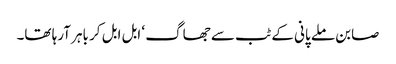
صابن ملے پانی کے ٹب سے جھاگ ‘ ابل ابل کر باہر آرہا تھا۔